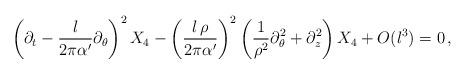
LaTeX: \begin{align*}\left(\partial_t-{l\over 2\pi \alpha'}\partial_\theta\right)^2X_4- \left({l\,\rho \over 2\pi \alpha'}\right)^2 \left({1\over \rho^2} \partial_\theta^2 +\partial_z^2\right) X_4 +O(l^3) =0 \,, \end{align*}